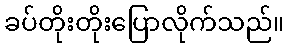
ခပ်တိုးတိုးပြောလိုက်သည်။